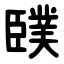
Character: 䑑